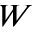
W